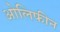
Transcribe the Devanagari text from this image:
ओलिफीन